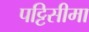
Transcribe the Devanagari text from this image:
पट्टिसीमा